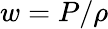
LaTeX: w=P/\rho